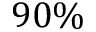
9 0 \%